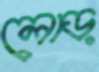
লোড়